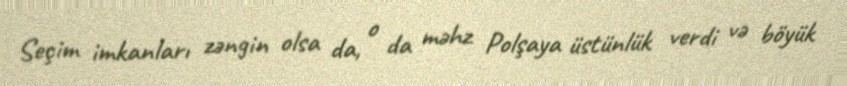
Seçim imkanları zəngin olsa da, o da məhz Polşaya üstünlük verdi və böyük